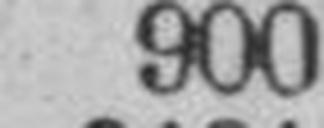
900